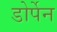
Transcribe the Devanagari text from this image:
डोर्पेन